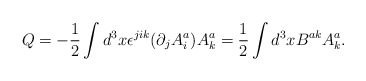
\begin{align*}Q=-\frac{1}{2}\int d^3 x \epsilon^{jik} (\partial_j A^{a}_i) A_{k}^{a} = \frac{1}{2}\int d^3x B^{a k} A^{a}_{k}.\end{align*}